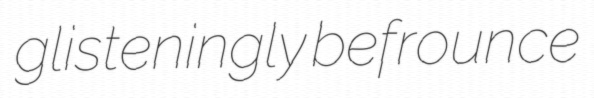
glisteningly befrounce